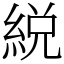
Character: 綐